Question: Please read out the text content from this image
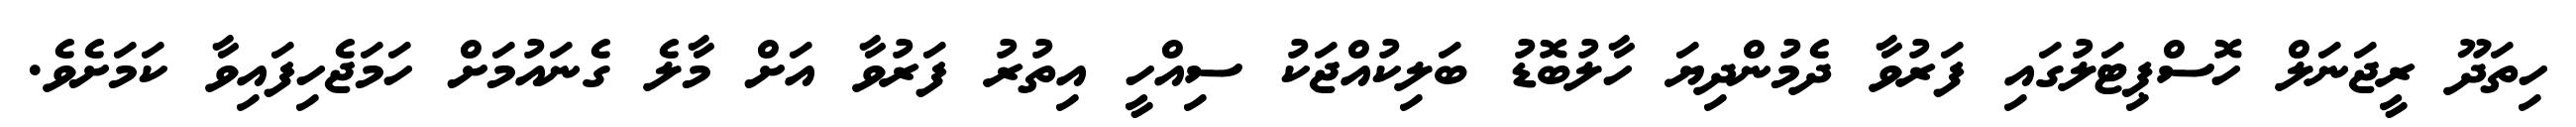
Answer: ހިތަދޫ ރީޖަނަލް ހޮސްޕިޓަލުގައި ފަރުވާ ދެމުންދިޔަ ހާލުބޮޑު ބަލިކުއްޖަކު ސިއްހީ އިތުރު ފަރުވާ އަށް މާލެ ގެނައުމަށް ހަމަޖެހިފައިވާ ކަމަށެވެ.